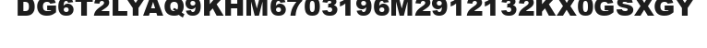
DG6T2LYAQ9KHM6703196M2912132KX0GSXGY